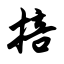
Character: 掊